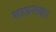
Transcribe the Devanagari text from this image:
भाऊराया।